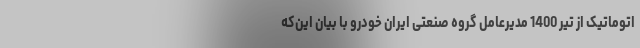
اتوماتیک از تیر 1400 مدیرعامل گروه صنعتی ایران خودرو با بیان این‌که